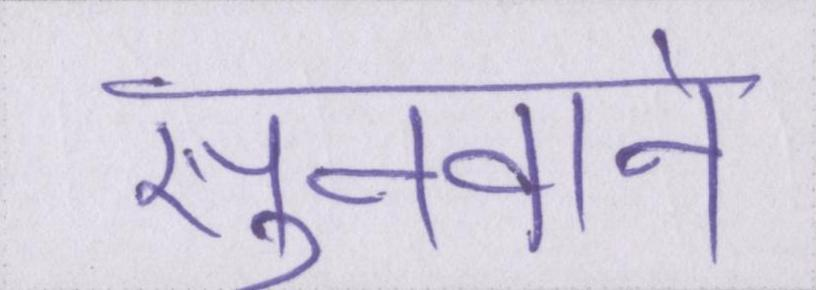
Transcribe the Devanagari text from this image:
सुनवाने